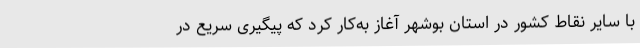
با سایر نقاط کشور در استان بوشهر آغاز به‌کار کرد که پیگیری سریع در